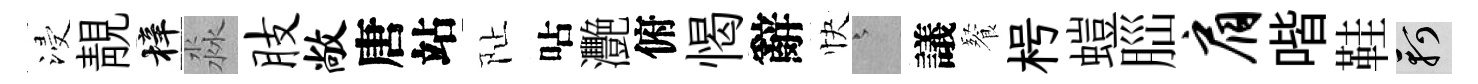
浸靚梓淼肢敞唐站阯呫灧俯愒辭快澹議餐枵螘𦛁肩喈鞋軻